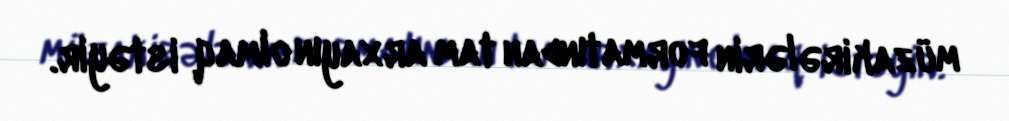
müzakirələrin formatından tam arxayın olmaq istəyir.